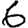
Digit: 6